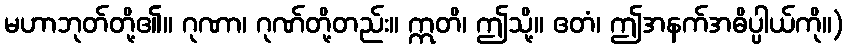
မဟာဘုတ်တို့၏။ ဂုဏာ၊ ဂုဏ်တို့တည်း။ ဣတိ၊ ဤသို့။ ဧတံ၊ ဤအနက်အဓိပ္ပါယ်ကို။)